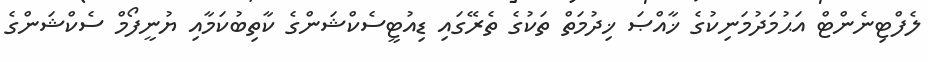
ލެފްޓިނެންޓް އަޙުމަދުމަނިކުގެ ޚާއްޞަ ޚިދުމަތް ތަކުގެ ތެރޭގައި ޑިއުޓީސެކްޝަންގެ ކާތިބުކަމާއި ޔުނީފޯމް ސެކްޝަންގެ